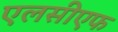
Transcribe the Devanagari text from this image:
एलसीएफ